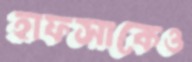
হাফসাকেও